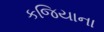
કજિયાના